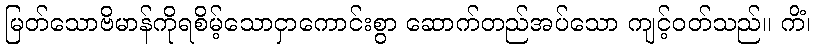
မြတ်သောဗိမာန်ကိုရစိမ့်သောငှာကောင်းစွာ ဆောက်တည်အပ်သော ကျင့်ဝတ်သည်။ ကိံ၊